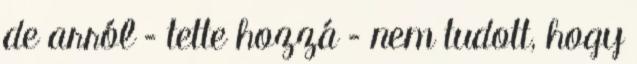
de arról – tette hozzá – nem tudott, hogy